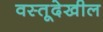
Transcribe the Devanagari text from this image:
वस्तूदेखील